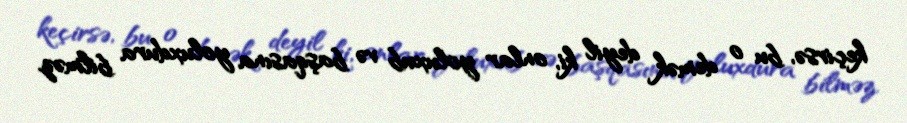
keçirsə, bu o demək deyil ki, onlar yoluxub və başqasına yoluxdura bilməz.